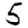
Digit: 5